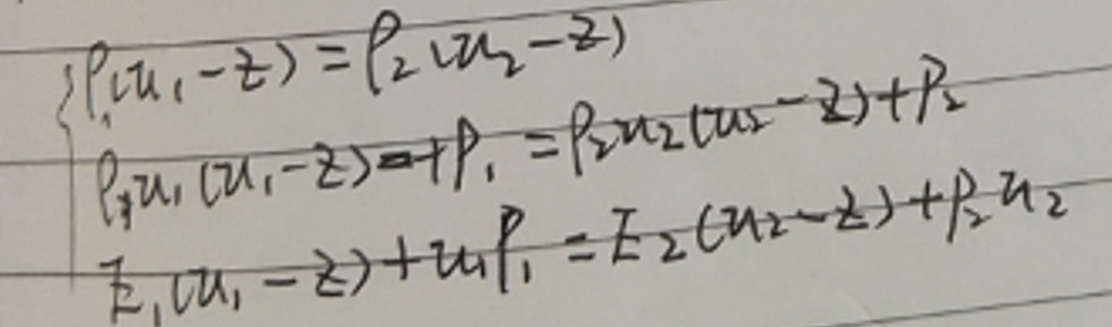
\[
\begin{cases}
\rho_1(u_1 - \xi)=\rho_2(u_2 - \xi)\\
\rho_1u_1(u_1 - \xi)+P_1=\rho_2u_2(u_2 - \xi)+P_2\\
E_1(u_1 - \xi)+u_1P_1=E_2(u_2 - \xi)+u_2P_2
\end{cases}
\]